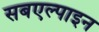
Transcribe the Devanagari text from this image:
सबएल्पाइन